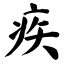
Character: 疾